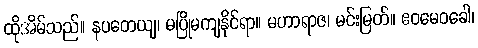
ထိုအိမ်သည်။ နပတေယျ၊ မပြိုမကျနိုင်ရာ။ မဟာရာဇ၊ မင်းမြတ်။ ဧဝမေဝခေါ၊